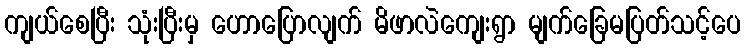
ကျယ်စေပြီး သုံးပြီးမှ ဟောပြောလျက် မိဖာလဲကျေးရွာ မျက်ခြေမပြတ်သင့်ပေ